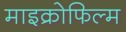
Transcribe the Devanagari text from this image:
माइक्रोफिल्‍म